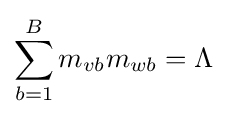
\sum _{b=1}^{B}m_{vb}m_{wb}=\Lambda